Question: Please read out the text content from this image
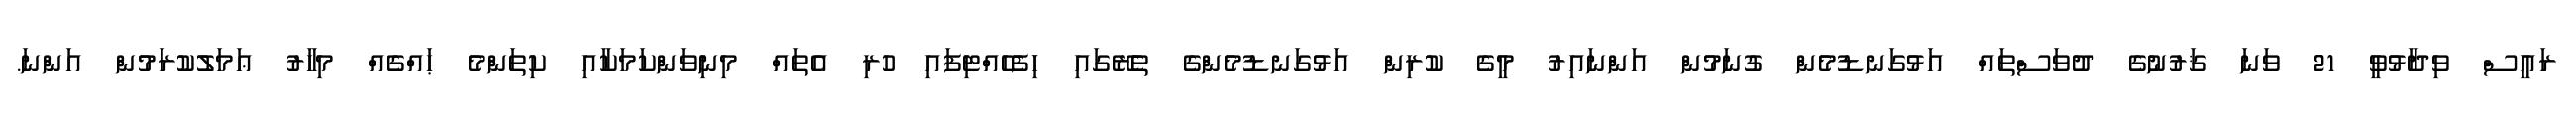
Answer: ރައީސް ވިދާޅުވީ 21 ވަނަ ޤަރުނުގެ ދުވަސްތައް އަޅުގަނޑުމެން ގުނަމުން އަންނައިރު މީގެ ކުރިން އަޅުގަނޑުމެންގެ ތެރޭގައި ހިފެހެއްޓިފައި ހުރި އެތައް މިނިވަންކަމަކާއި ކިތަންމެ ޙައްޤެއް މިހާރު ޢަމަލުކުރަމުން އަންނަ.